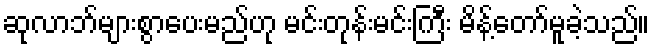
ဆုလာဘ်များစွာပေးမည်ဟု မင်းတုန်းမင်းကြီး မိန့်တော်မူခဲ့သည်။